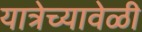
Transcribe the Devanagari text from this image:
यात्रेच्यावेळी